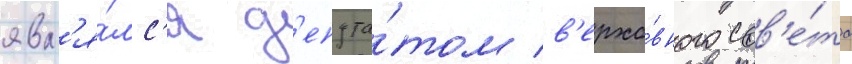
явл'я́лс'я д'епута́том в'ерхо́вного сов'е́та